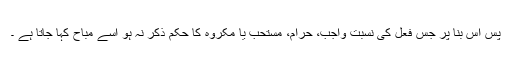
پس اس بنا پر جس فعل کی نسبت واجب، حرام، مستحب یا مکروه کا حکم ذکر نہ ہو اسے مباح کہا جاتا ہے ۔